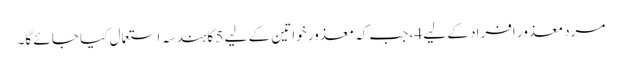
مرد معذور افراد کے لیے 4، جب کہ معذور خواتین کے لیے 5 کا ہندسہ استعمال کیا جائے گا۔